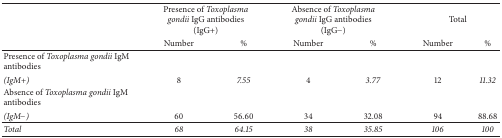
| <ROWSPAN=2>  | <COLSPAN=2> Presence of Toxoplasma gondii IgG antibodies(IgG+) | <COLSPAN=2> Absence of Toxoplasma gondii IgG antibodies(IgG−) | <COLSPAN=2> Total |
 | Number | % | Number | % | Number | % |
 | --- | --- | --- | --- | --- | --- | --- |
 | Presence of Toxoplasma gondii IgM antibodies |  |  |  |  |  |  |
 | (IgM+) | 8 | 7.55 | 4 | 3.77 | 12 | 11.32 |
 | Absence of Toxoplasma gondii IgM antibodies |  |  |  |  |  |  |
 | (IgM−) | 60 | 56.60 | 34 | 32.08 | 94 | 88.68 |
 | Total | 68 | 64.15 | 38 | 35.85 | 106 | 100 |